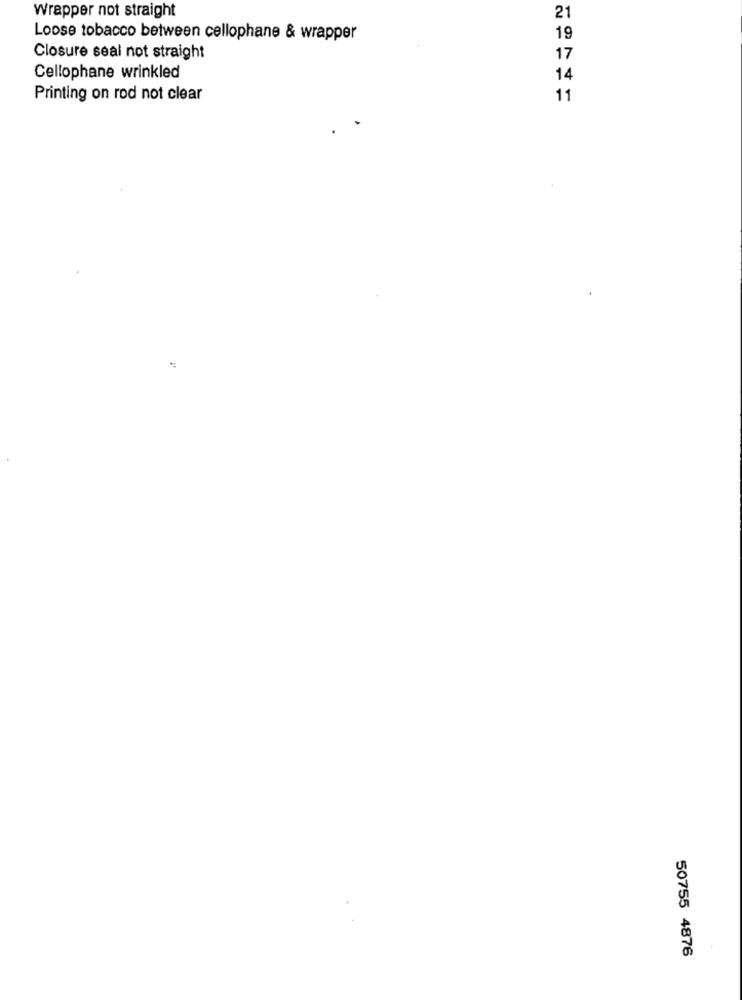
Wrapper not straight
21
Loose tobacco between cellophane & wrapper
19
Closure seal not straight
17
Cellophane wrinkled
14
Printing on rod not clear
11
50755 4876